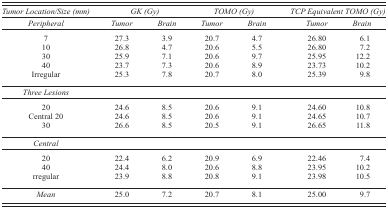
<table><thead><tr><td><b><i>Tumor Location/Size (mm)</i></b></td><td colspan="2"><b><i>GK (Gy)</i></b></td><td colspan="2"><b><i>TOMO (Gy)</i></b></td><td colspan="2"><b><i>TCP Equivalent TOMO (Gy)</i></b></td></tr><tr><td><b><i>Peripheral</i></b></td><td><b><i>Tumor</i></b></td><td><b><i>Brain</i></b></td><td><b><i>Tumor</i></b></td><td><b><i>Brain</i></b></td><td><b><i>Tumor</i></b></td><td><b><i>Brain</i></b></td></tr></thead><tbody><tr><td>7</td><td>27.3</td><td>3.9</td><td>20.7</td><td>4.7</td><td>26.80</td><td>6.1</td></tr><tr><td>10</td><td>26.8</td><td>4.7</td><td>20.6</td><td>5.5</td><td>26.80</td><td>7.2</td></tr><tr><td>30</td><td>25.9</td><td>7.1</td><td>20.6</td><td>9.7</td><td>25.95</td><td>12.2</td></tr><tr><td>40</td><td>23.7</td><td>7.3</td><td>20.6</td><td>8.9</td><td>23.73</td><td>10.2</td></tr><tr><td>Irregular</td><td>25.3</td><td>7.8</td><td>20.7</td><td>8.0</td><td>25.39</td><td>9.8</td></tr><tr><td><i>Three Lesions</i></td><td colspan="6"></td></tr><tr><td>20</td><td>24.6</td><td>8.5</td><td>20.6</td><td>9.1</td><td>24.60</td><td>10.8</td></tr><tr><td>Central 20</td><td>24.6</td><td>8.5</td><td>20.6</td><td>9.1</td><td>24.65</td><td>10.7</td></tr><tr><td>30</td><td>26.6</td><td>8.5</td><td>20.5</td><td>9.1</td><td>26.65</td><td>11.8</td></tr><tr><td><i>Central</i></td><td colspan="6"></td></tr><tr><td>20</td><td>22.4</td><td>6.2</td><td>20.9</td><td>6.9</td><td>22.46</td><td>7.4</td></tr><tr><td>40</td><td>24.4</td><td>8.0</td><td>20.6</td><td>8.8</td><td>23.95</td><td>10.2</td></tr><tr><td>rregular</td><td>23.9</td><td>8.8</td><td>20.8</td><td>9.1</td><td>23.98</td><td>10.5</td></tr><tr><td><i>Mean</i></td><td>25.0</td><td>7.2</td><td>20.7</td><td>8.1</td><td>25.00</td><td>9.7</td></tr></tbody></table>